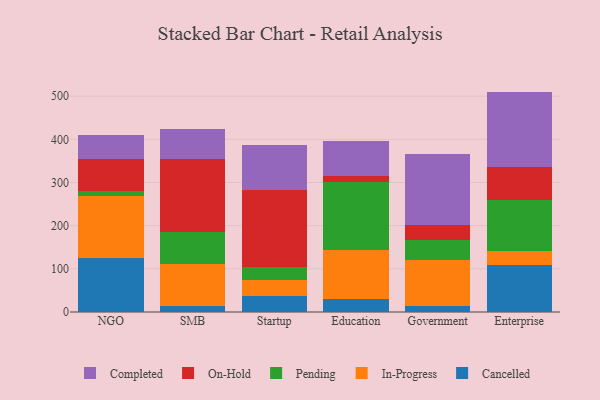
{"axis": {"x": "Segment", "y": "Active Users"}, "legend": ["Cancelled", "Completed", "In-Progress", "On-Hold", "Pending"], "data": [{"x": "NGO", "y": 125.5, "type": "Cancelled"}, {"x": "NGO", "y": 144.3, "type": "In-Progress"}, {"x": "NGO", "y": 9.6, "type": "Pending"}, {"x": "NGO", "y": 74.1, "type": "On-Hold"}, {"x": "NGO", "y": 56.8, "type": "Completed"}, {"x": "SMB", "y": 14.3, "type": "Cancelled"}, {"x": "SMB", "y": 96.0, "type": "In-Progress"}, {"x": "SMB", "y": 74.9, "type": "Pending"}, {"x": "SMB", "y": 169.3, "type": "On-Hold"}, {"x": "SMB", "y": 68.8, "type": "Completed"}, {"x": "Startup", "y": 37.4, "type": "Cancelled"}, {"x": "Startup", "y": 36.5, "type": "In-Progress"}, {"x": "Startup", "y": 30.1, "type": "Pending"}, {"x": "Startup", "y": 177.7, "type": "On-Hold"}, {"x": "Startup", "y": 105.2, "type": "Completed"}, {"x": "Education", "y": 29.9, "type": "Cancelled"}, {"x": "Education", "y": 114.8, "type": "In-Progress"}, {"x": "Education", "y": 156.8, "type": "Pending"}, {"x": "Education", "y": 14.1, "type": "On-Hold"}, {"x": "Education", "y": 79.7, "type": "Completed"}, {"x": "Government", "y": 14.3, "type": "Cancelled"}, {"x": "Government", "y": 105.9, "type": "In-Progress"}, {"x": "Government", "y": 47.6, "type": "Pending"}, {"x": "Government", "y": 33.0, "type": "On-Hold"}, {"x": "Government", "y": 164.1, "type": "Completed"}, {"x": "Enterprise", "y": 108.1, "type": "Cancelled"}, {"x": "Enterprise", "y": 32.2, "type": "In-Progress"}, {"x": "Enterprise", "y": 118.1, "type": "Pending"}, {"x": "Enterprise", "y": 77.4, "type": "On-Hold"}, {"x": "Enterprise", "y": 174.8, "type": "Completed"}]}